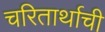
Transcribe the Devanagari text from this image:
चरितार्थाची